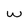
Character: w